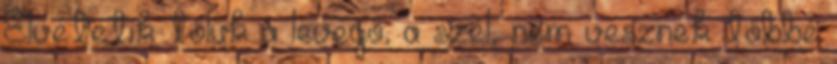
Elvétetik tőlük a levegő, a szél, nem vesznek többé